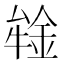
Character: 𰼪